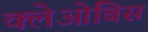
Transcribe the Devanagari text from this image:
क्लेओबिस